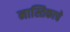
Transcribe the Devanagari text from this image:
नास्तिकाचे